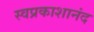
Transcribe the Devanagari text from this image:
स्वप्रकाशानंद